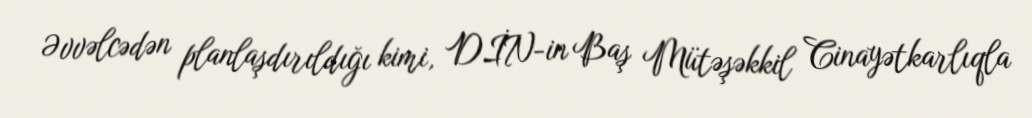
Əvvəlcədən planlaşdırıldığı kimi, DİN-in Baş Mütəşəkkil Cinayətkarlıqla